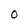
Character: 0